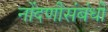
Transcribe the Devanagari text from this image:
नोंदणीसंबंधी